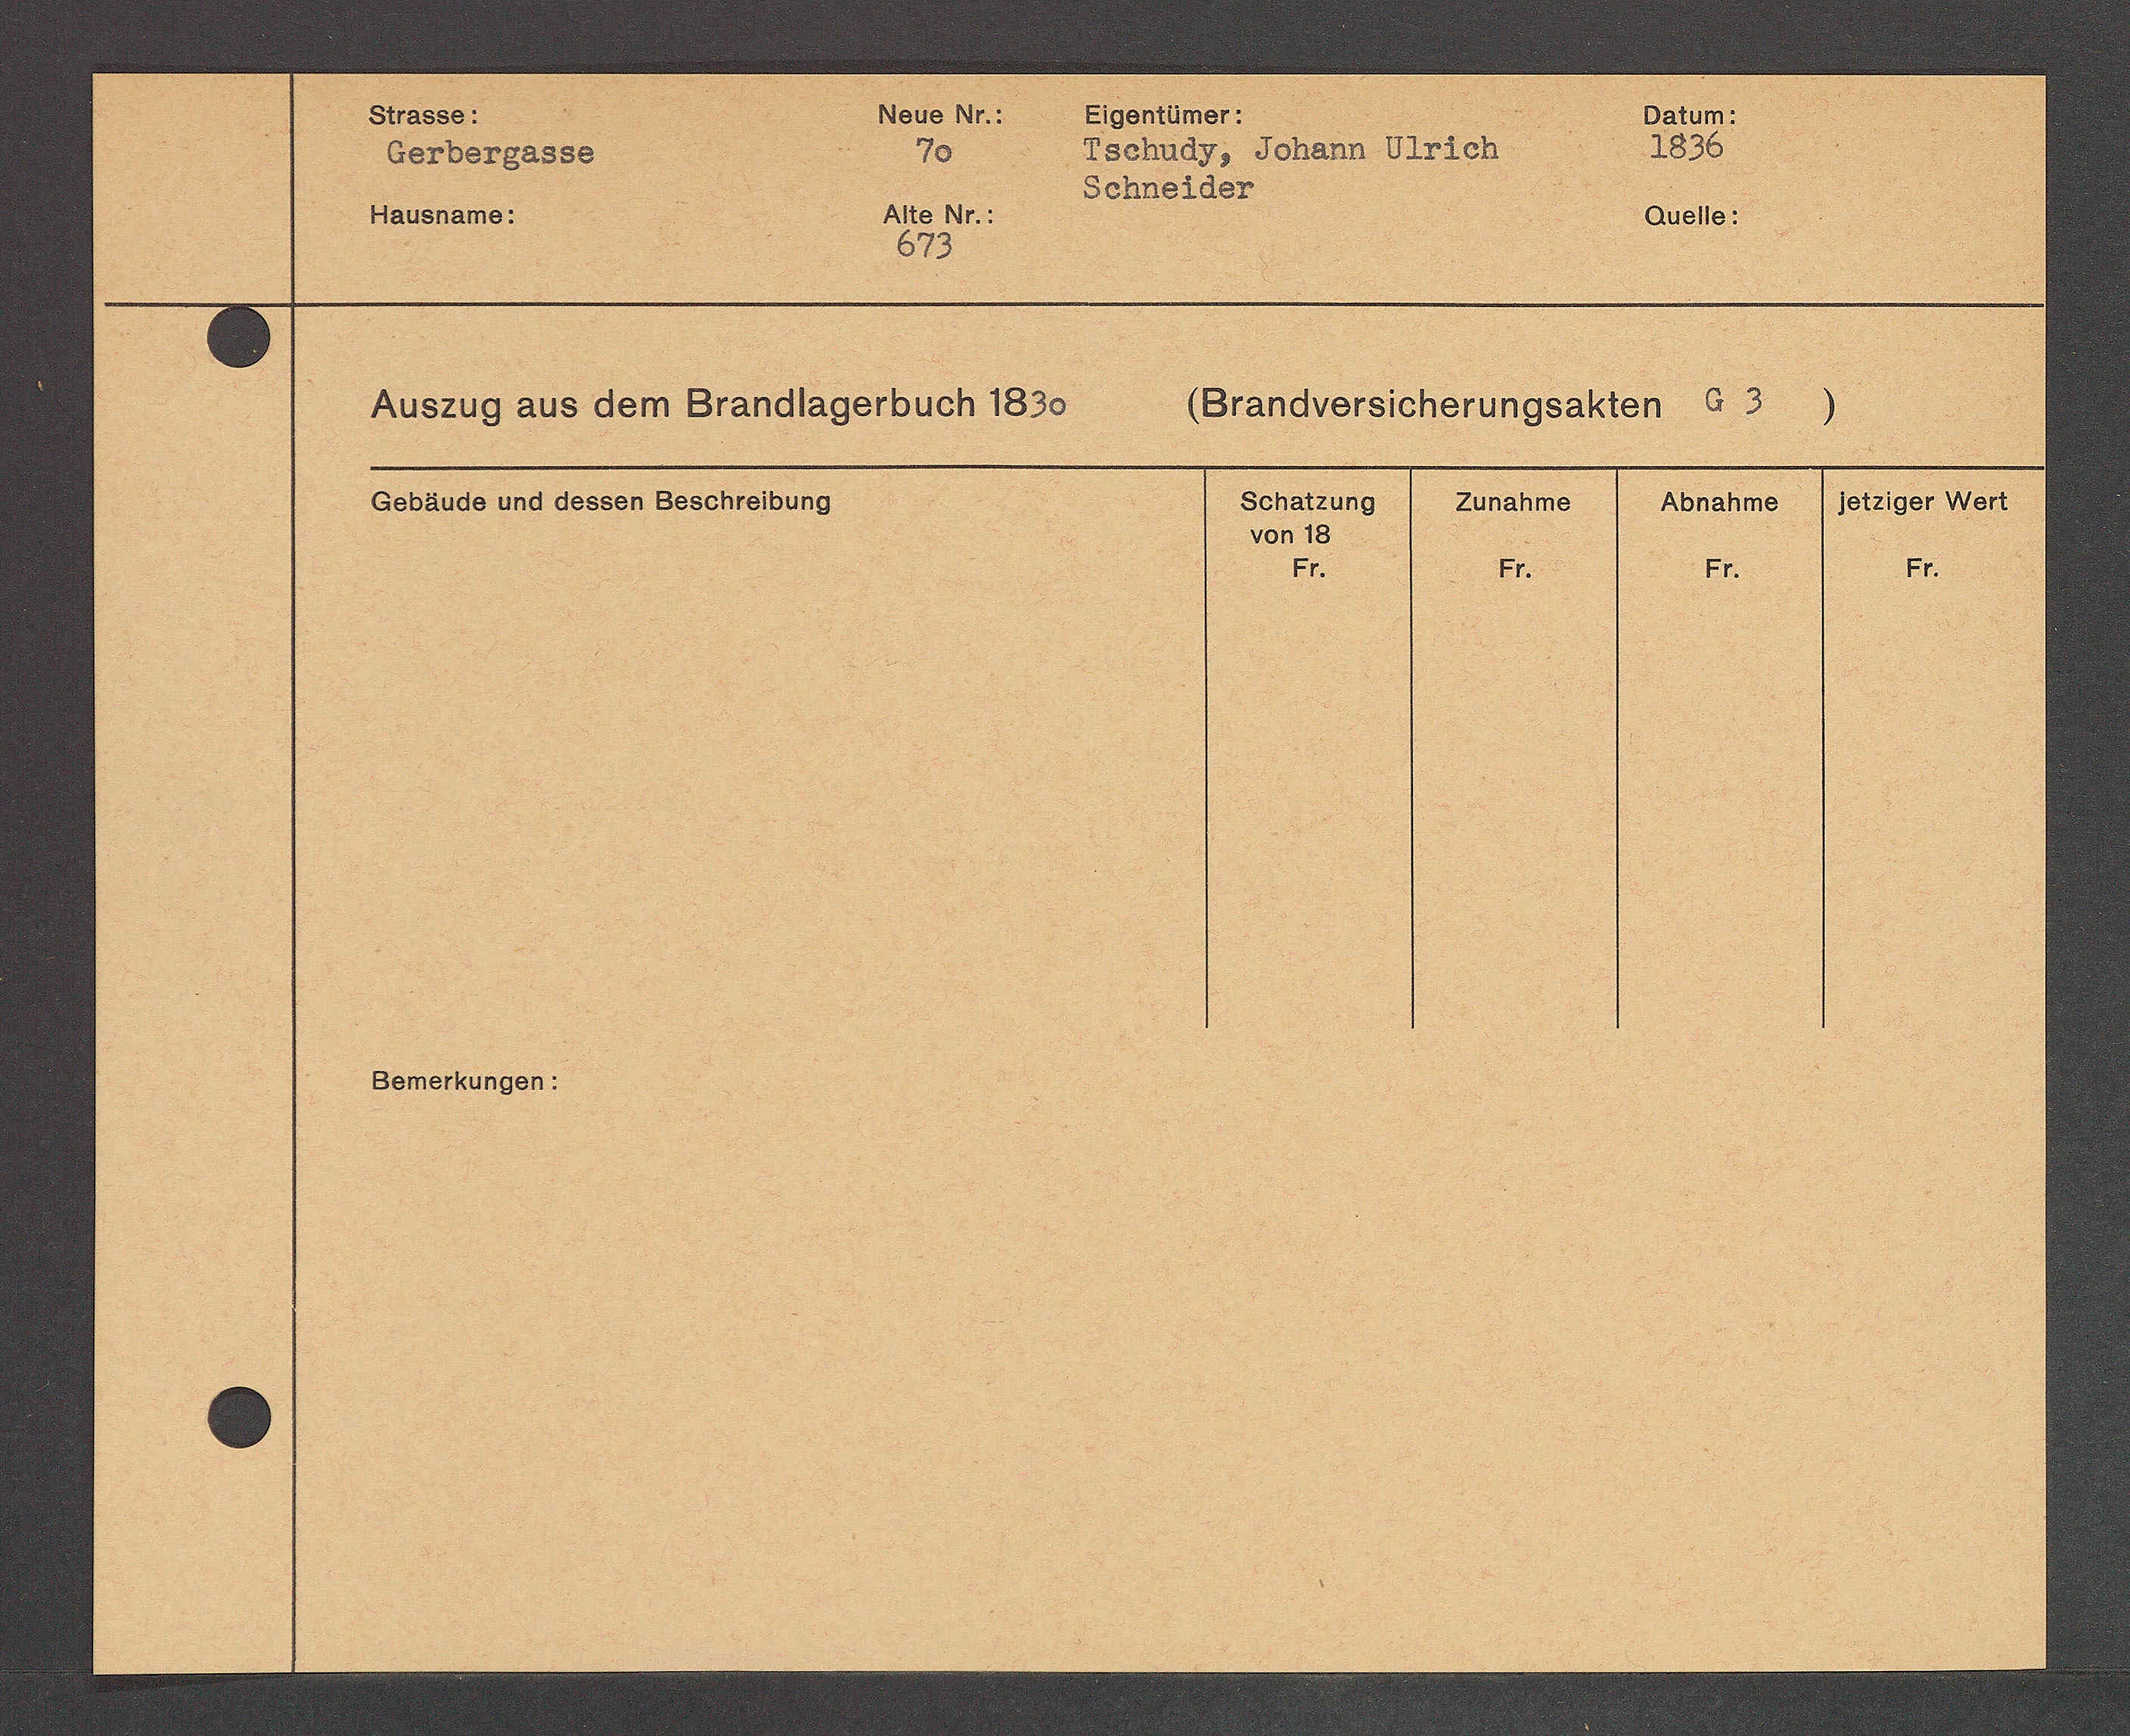
Transcript:
Fr.